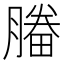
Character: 𣎒